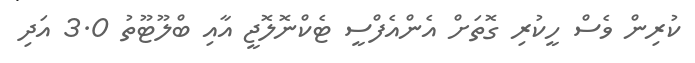
ކުރިން ވެސް ހީކުރި ގޮތަށް އެންއެފްސީ ޓެކްނޮލޮޖީ އާއި ބްލޫޓޫތު 3.0 އަދި